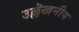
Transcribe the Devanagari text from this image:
उल्लॆखनीय